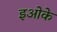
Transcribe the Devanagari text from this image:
इओके